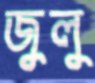
জুলু